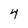
Character: 4